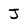
Character: J